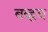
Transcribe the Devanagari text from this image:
बव्ह्रच